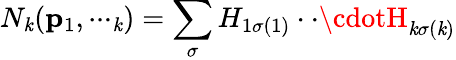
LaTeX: N_{\mathit{k}}({\mathbf{p}_{1},\cdot\cdot\cdotp_{\mathit{k}}})=\sum_{\sigma}H_{1\sigma(1)}\cdot\cdot\cdotH_{\mathit{k}\sigma(\mathit{k})}